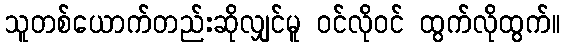
သူတစ်ယောက်တည်းဆိုလျှင်မူ ဝင်လိုဝင် ထွက်လိုထွက်။